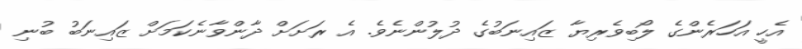
އެހީ އަހަރެންގެ ލޯބިވެރިޔާ ޒައިނަބުގެ ދުލުންނެވެ. އެ ރަށަށް ދާންވާނެކަމަށް ޒައިނަބު ބުނި